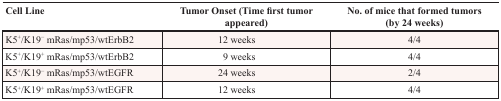
| Cell Line | Tumor Onset (Time first tumor appeared) | No. of mice that formed tumors (by 24 weeks) |
 | --- | --- | --- |
 | K5+/K19− mRas/mp53/wtErbB2 | 12 weeks | 4/4 |
 | K5+/K19+ mRas/mp53/wtErbB2 | 9 weeks | 4/4 |
 | K5+/K19− mRas/mp53/wtEGFR | 24 weeks | 2/4 |
 | K5+/K19+ mRas/mp53/wtEGFR | 12 weeks | 4/4 |